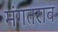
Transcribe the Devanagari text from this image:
मंगतराव